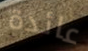
عائدة